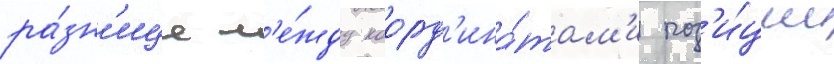
ра́зн'ице м'е́жду коорд'ина́там'и поз'и́ции